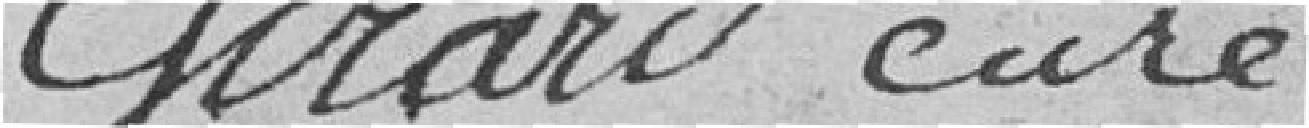
Girard curé